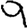
Digit: 9